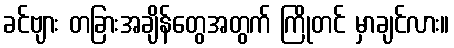
ခင်ဗျား တခြားအချိန်တွေအတွက် ကြိုတင် မှာချင်လား။